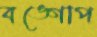
বঙ্গোপ